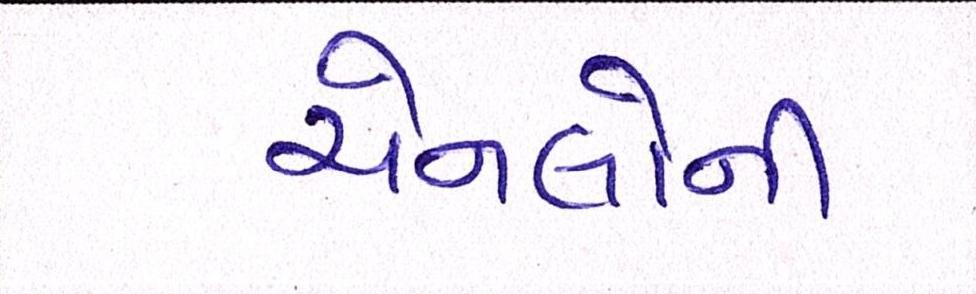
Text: ચેનલોની